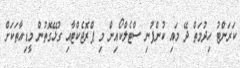
ކަރަންޓު ހިދުމަތް ދޭ މައި ކުންފުނި ސްޓެލްކޯއިން މި ޕްރޮޖެކްޓާއި ގުޅޭގޮތުން މީޑިއާތަކަށް